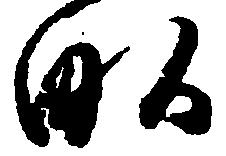
畝